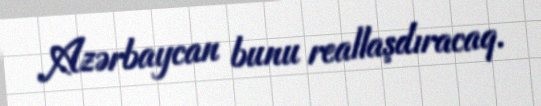
Azərbaycan bunu reallaşdıracaq.